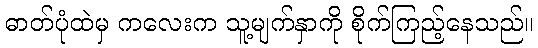
ဓာတ်ပုံထဲမှ ကလေးက သူ့မျက်နှာကို စိုက်ကြည့်နေသည်။